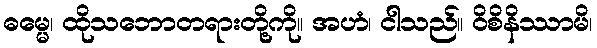
ဓမ္မေ၊ ထိုသဘောတရားတို့ကို။ အဟံ၊ ငါသည်။ ဝိစိနိဿာမိ၊